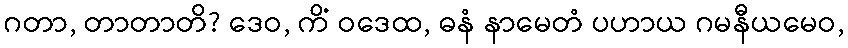
ဂတာ, တာတာတိ? ဒေဝ, ကိံ ဝဒေထ, ဓနံ နာမေတံ ပဟာယ ဂမနီယမေဝ,